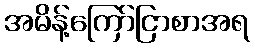
အမိန့်ကြော်ငြာစာအရ